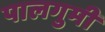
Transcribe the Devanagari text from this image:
पालगुमी